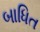
બાધિત